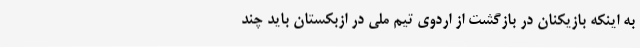
به اینکه بازیکنان در بازگشت از اردوی تیم ملی در ازبکستان باید چند